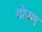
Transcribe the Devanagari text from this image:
दोपाए